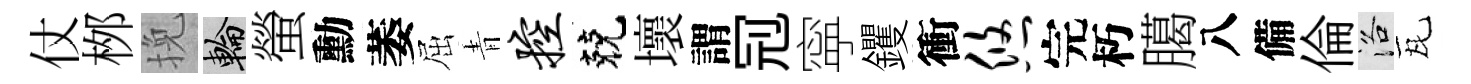
仗桞挽輪螢勳萎屈青控兢壞謂𠜍寜钁衝悠完朽臈八備倫洛瓦